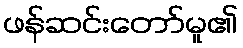
ဖန်ဆင်းတော်မူ၏